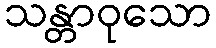
သန္တာဝုသော